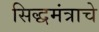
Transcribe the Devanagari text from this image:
सिद्धमंत्राचे